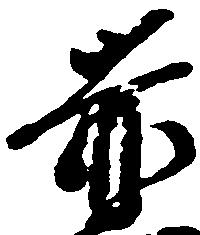
赤